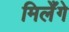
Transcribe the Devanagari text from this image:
मिलेँगे